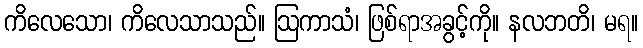
ကိလေသော၊ ကိလေသာသည်။ ဩကာသံ၊ ဖြစ်ရာအခွင့်ကို။ နလဘတိ၊ မရ။